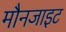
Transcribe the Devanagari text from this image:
मौनजाइट